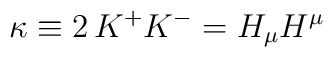
\kappa \equiv 2\, K^+K^- =H_{\mu}H^{\mu}